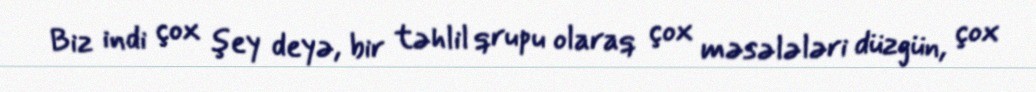
Biz indi çox şey deyə, bir təhlil qrupu olaraq çox məsələləri düzgün, çox